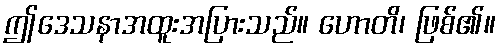
ဤဒေသနာအထူးအပြားသည်။ ဟောတိ၊ ဖြစ်၏။